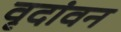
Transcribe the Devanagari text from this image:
वृदांवन